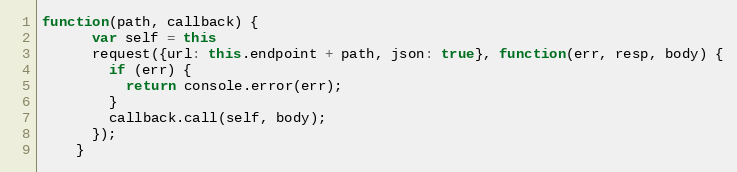
Language: JavaScript
function(path, callback) {
      var self = this
      request({url: this.endpoint + path, json: true}, function(err, resp, body) {
        if (err) {
          return console.error(err);
        }
        callback.call(self, body);
      });
    }